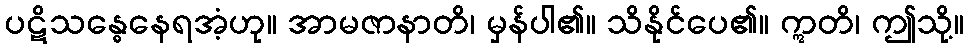
ပဋိသန္ဓေနေရအံ့ဟု။ အာမဇာနာတိ၊ မှန်ပါ၏။ သိနိုင်ပေ၏။ ဣတိ၊ ဤသို့။